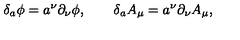
\delta _ { a } \phi = a ^ { \nu } \partial _ { \nu } \phi , \qquad \delta _ { a } A _ { \mu } = a ^ { \nu } \partial _ { \nu } A _ { \mu } ,